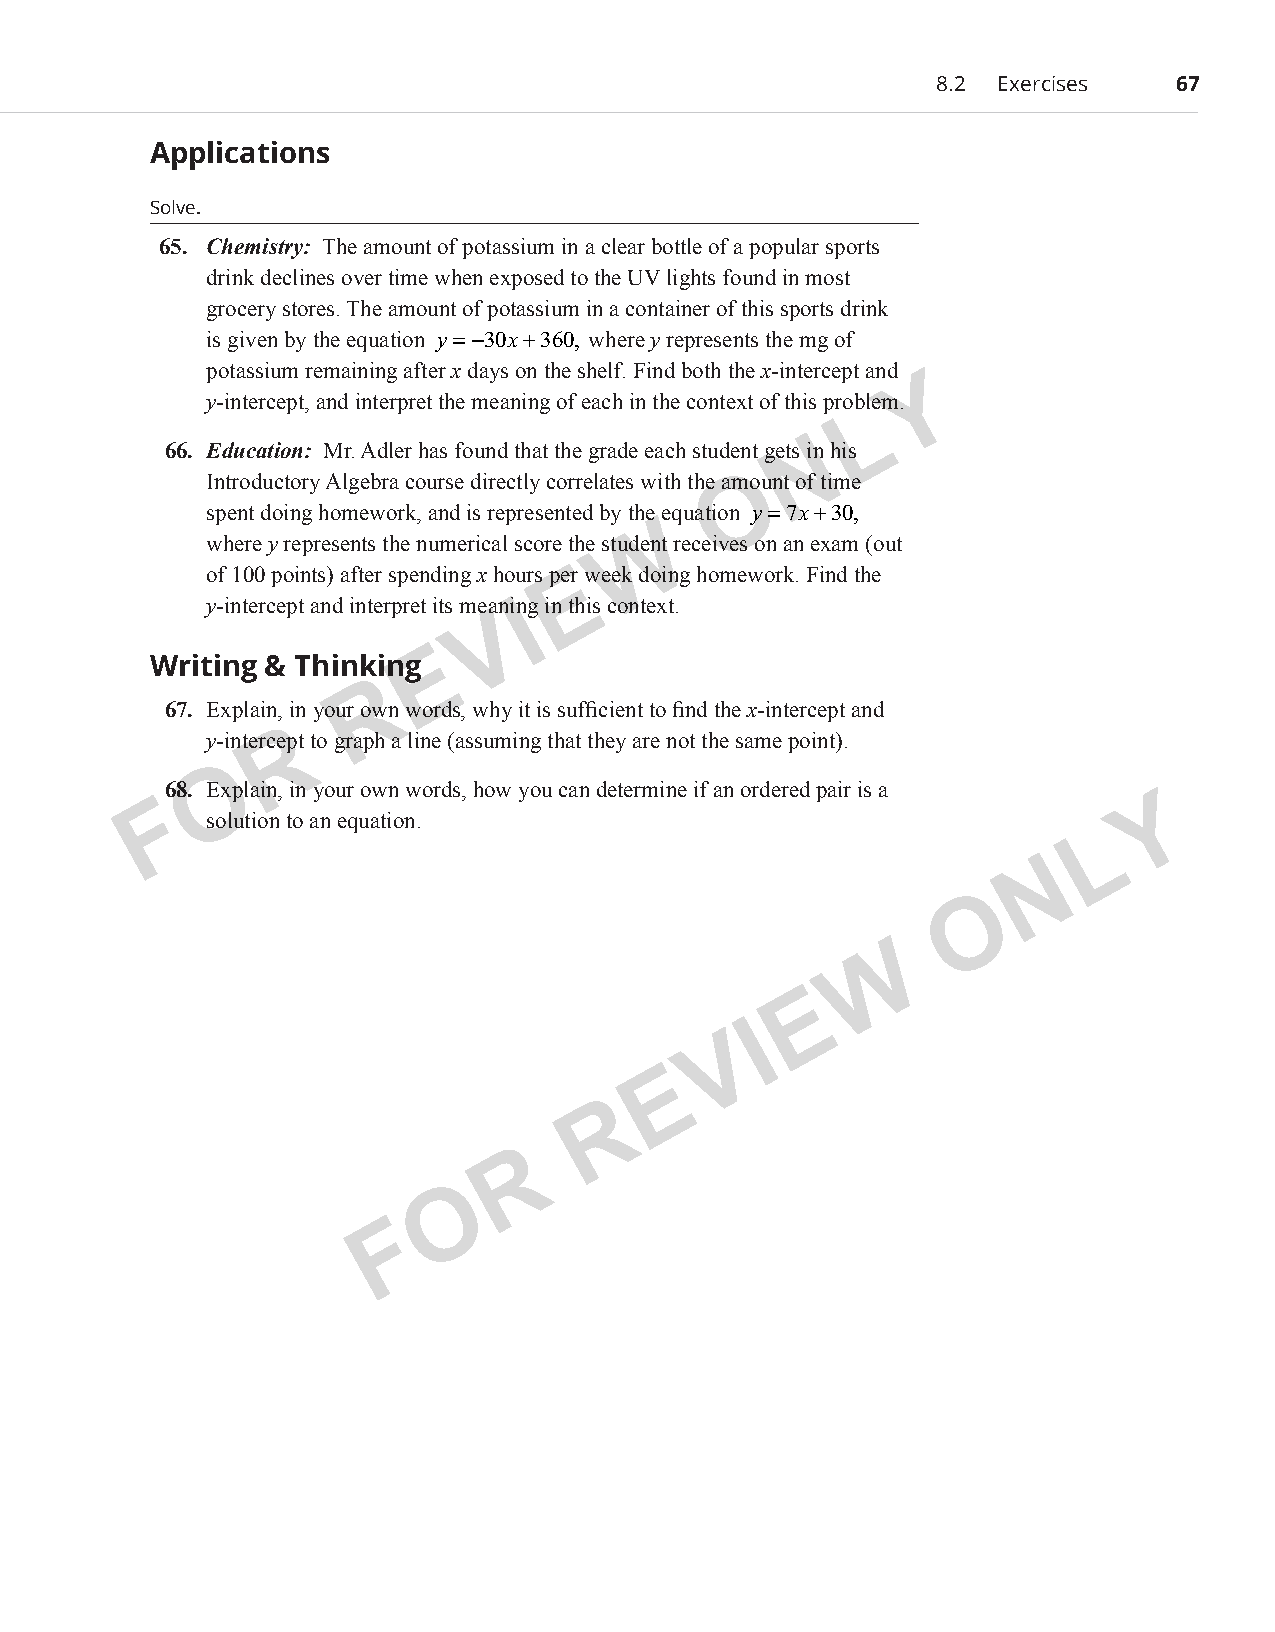
8.2 Exercises   67
 Applications
 Solve.
 65. Chemistry: The amount of potassium in a clear bottle of a popular sports
 drink declines over time when exposed to the UV lights found in most
 grocery stores. The amount of potassium in a container of this sports drink
 is given by the equation y=−30x+360, where y represents the mg of
 potassium remaining after x days on the shelf. Find both the x-intercept and
 Y
 y-intercept, and interpret the meaning of each in the context of this problem.
 L
 66. Education: Mr. Adler has found that the grade each student gets Nin his
 Introductory Algebra course directly correlates with the amOount of time
 spent doing homework, and is represented by the equ ation y=7x+30,
 W
 where y represents the numerical score the student receives on an exam (out
 of 100 points) after spending x hours peEr week doing homework. Find the
 y-intercept and interpret its meaninIg in this context.
 V
 E
 Writing & Thinking
 R
 67. Explain, in your own words, why it is sufficient to find the x-intercept and
 y-interceRpt to graph a line (assuming that they are not the same point).
 O
 68. Explain, in your own words, how you can determine if an ordered pair is a
 F                                                                 Y
 solution to an equation.
 L
 N
 O
 W
 E
 I
 V
 E
 R
 R
 O
 F
 PCM_Marketing_Booklet.indb 67                                            10/11/2017 10:01:59 AM